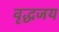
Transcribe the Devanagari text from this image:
वृद्धजय